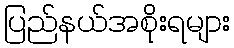
ပြည်နယ်အစိုးရများ